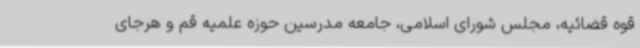
قوه قضائیه، مجلس شورای اسلامی، جامعه مدرسین حوزه علمیه قم و هرجای